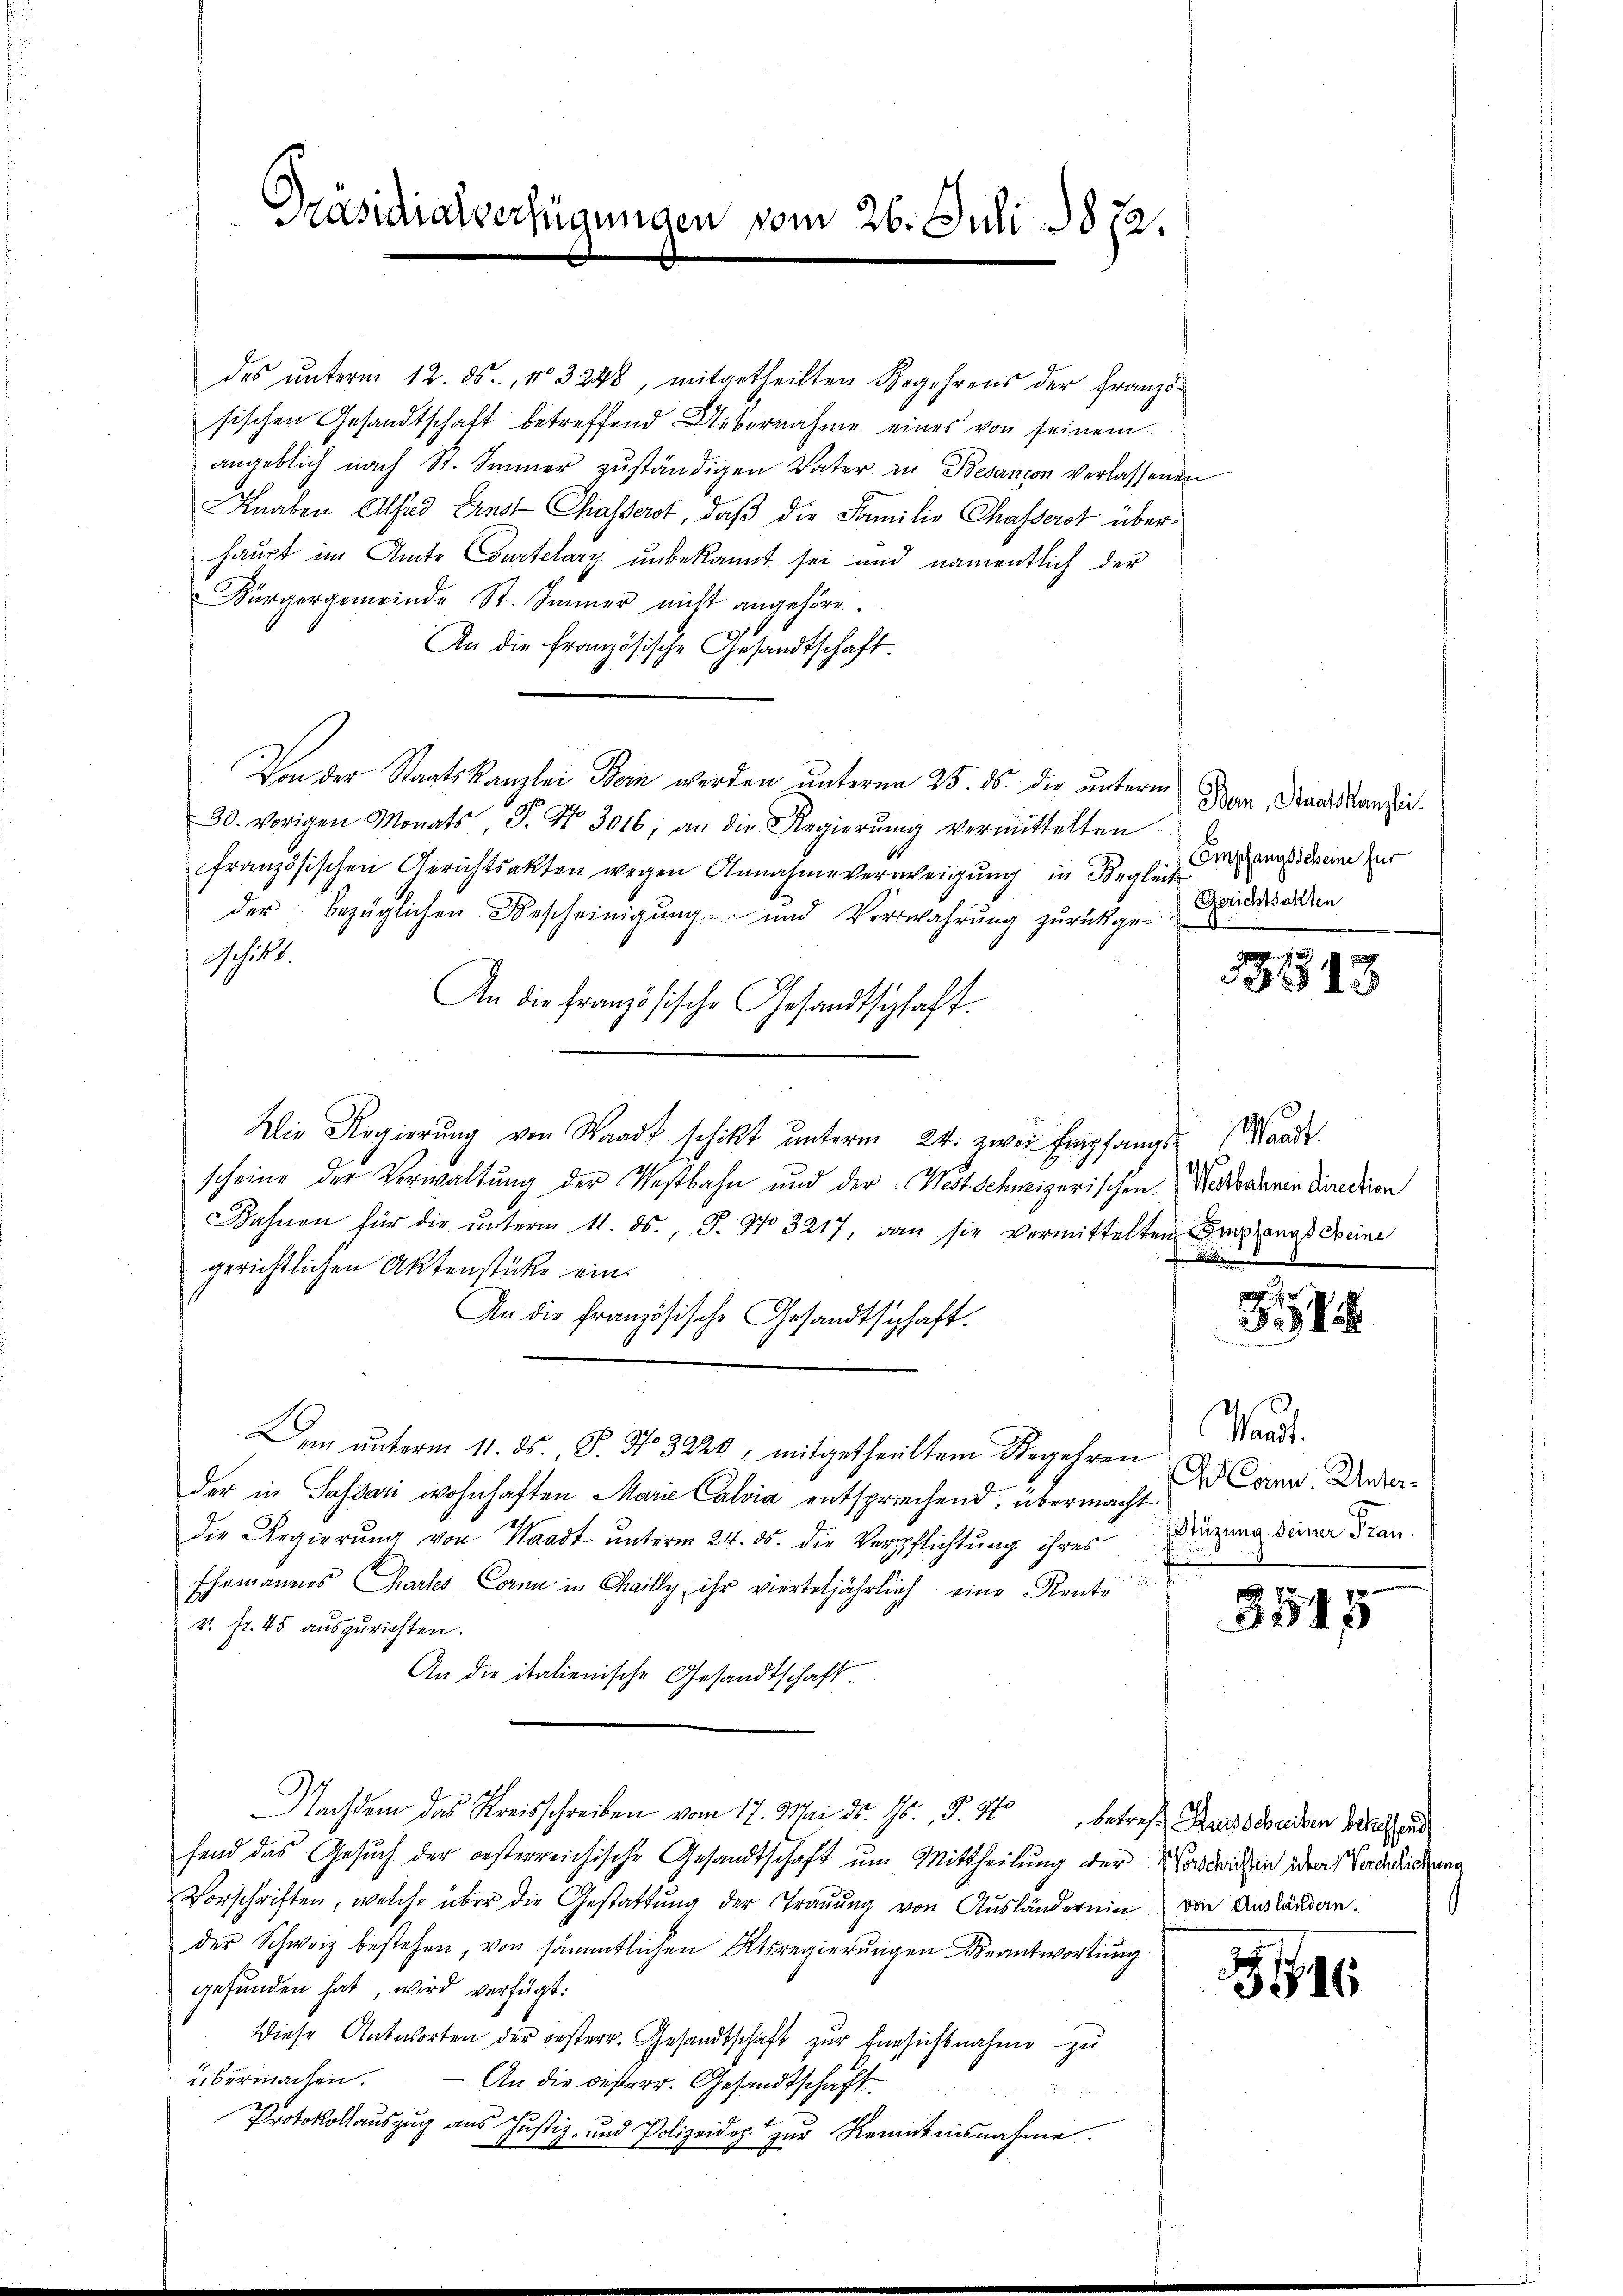
Präsidialverfügungen vom 26. Juli 1872.

des unterm 12. ds., No 3248, mitgetheilten Begehrens der Französischen Gesandtschaft betreffend Uebernahme eines von seinem
angeblich nach St. Sinner zuständigen Vater in Besançon verlassenen
Knaben Athad Ernst Chasserot, daß die Familie Chasserst überhaupt im Amte Courtelary unbekannt sei und namentlich der
Bürgergemeinde St. Immer nicht angehöre.
An die Französische Gesandtschaft.
Von der Staatskanzlei Bern werden unterm 25. ds. die unterm
30. vorigen Monats P. Nr. 3016, an die Regierŭng vermittelten
französischen Gerichtsakten wegen Annahmeverweigung in Begleit
der bezüglichen Bescheinigung und Verwahrung zurückgeschütt.
An die französische Gesandtschaft.
Die Regierung von Waadt schikt unterm 24. zwei Empfangs- Wande
scheine der Verwaltung der Vestbahn und der Wert Schweizerischen Nordordnen Direktion
ahnen für die ŭnterm 11. ds., S. No. 3217, dann sie vermittelten Empfangs ereine
gerichtlichen Aktenstücke ein¬
An die französische Gesandtschaft.
Dei ŭnterm 11. ds. S. Nr. 3220, mitgetheiltem Begehren
der in Passari wohnhaften Marie Calvia entspriechend, übermacht
die Regierung von Waadt unterm 24. ds. die Verpflichtung ihres
.
Ehemannes Chartes Cornn in Chailly, ihr vierteljährlich eine Rente
2. fr. 45 auszurichten.
An die italienische Gesandtschaft.
Nachdem das Kreisschreiben vom 17. Mai d. 15. S. 40 betreff Kreisscheiden se
fend das Gesŭch der oesterreichische Gesandtschaft um Mittheilung der Vorsichen der Vorderlichung
Vorschriften, welche über die Gestattung der Trauung von Aŭsländernin von Anständen.
der Schweiz bestehen, von sämmtlichen Ktsregierungen Beantwortung
gefunden hat, wird verfügt:
Diese Antworten der oesterr. Gesandtschaft zur Einsichtnahme zu
übermachen.
An die desterr. Gesandtschaft
Protokollaŭszŭg aŭs Jŭstiz- und Polizeide zŭr Kenntnisnahme.

Bern, Staatskanzlei.
Empfangsscheine für
Gerichtsakten

13243

54

Mart.
 Cann. Unter¬
Stüzung seiner Frau.

3545

s

1